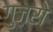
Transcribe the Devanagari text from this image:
गुज़रो